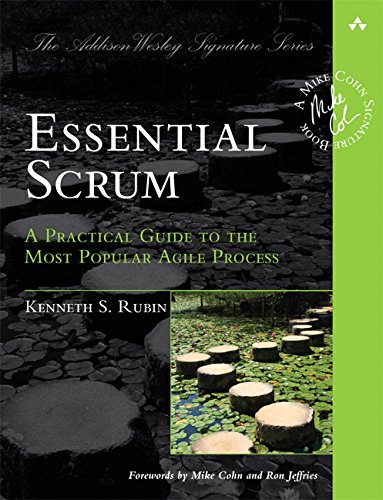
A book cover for Essential Scrum: A Practical Guide to the Most Popular Agile Process (Addison-Wesley Signature Series (Cohn)); Kenneth S. Rubin; Computers & Technology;